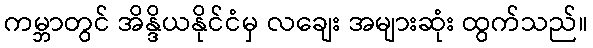
ကမ္ဘာတွင် အိန္ဒိယနိုင်ငံမှ လချေး အများဆုံး ထွက်သည်။